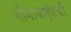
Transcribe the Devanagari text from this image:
गीगाबाईटची